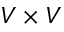
V \times V